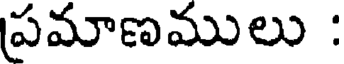
పమాణములు :